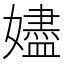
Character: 嬧